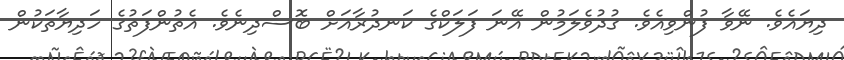
ދިޔައެވެ. ނޭވާ ފުންވިއެވެ. ގުދުވެލަމުން އޭނަ ފަލަކްގެ ކަނދުރާއަށް ބޮސްދިނެވެ. އެތުންފަތުގެ ހަދިޔާތަކުން